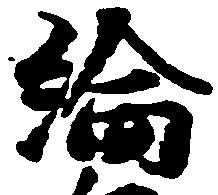
綸